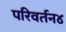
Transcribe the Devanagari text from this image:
परिवर्तन४